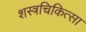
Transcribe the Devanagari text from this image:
शस्त्रचिकित्सा